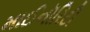
માઈનૉરિટી